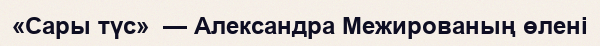
«Сары түс»  — Александра Межированың өлені